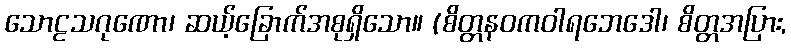
သောဠသဂုဏော၊ ဆယ့်ခြောက်အစုရှိသော။ (စိတ္တနဝကဝါရဘေဒေါ၊ စိတ္တအပြား,